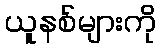
ယူနစ်များကို